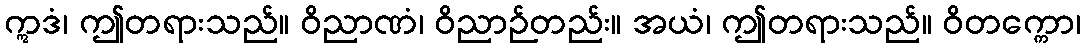
ဣဒံ၊ ဤတရားသည်။ ဝိညာဏံ၊ ဝိညာဉ်တည်း။ အယံ၊ ဤတရားသည်။ ဝိတက္ကော၊